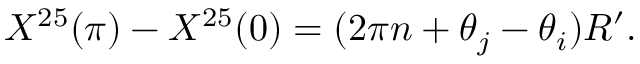
X ^ { 2 5 } ( \pi ) - X ^ { 2 5 } ( 0 ) = ( 2 \pi n + \theta _ { j } - \theta _ { i } ) R ^ { \prime } .